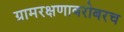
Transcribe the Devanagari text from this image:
ग्रामरक्षणाबरोबरच